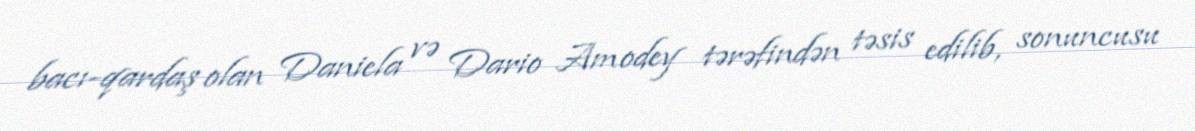
bacı-qardaş olan Daniela və Dario Amodey tərəfindən təsis edilib, sonuncusu